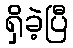
ရှိခဲ့ပြီ